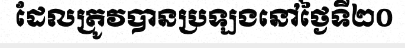
ដែលត្រូវបានប្រឡងនៅថ្ងៃទី២០